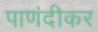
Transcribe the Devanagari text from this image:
पाणंदीकर